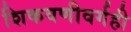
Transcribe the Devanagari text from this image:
शिकवणीवर्गही